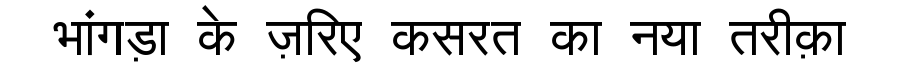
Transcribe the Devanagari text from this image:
भांगड़ा के ज़रिए कसरत का नया तरीक़ा